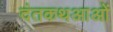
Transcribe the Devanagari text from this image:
दंतकथआओं